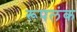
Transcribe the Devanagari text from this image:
रूपलंक